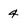
Character: 4